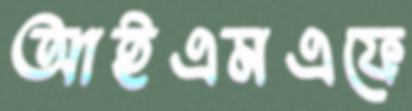
আইএমএফে